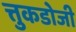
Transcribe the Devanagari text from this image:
त्तुकडोजी